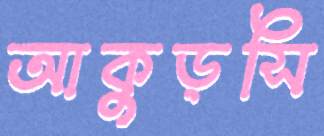
আকুড়সি